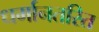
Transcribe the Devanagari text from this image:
धर्मानतरित